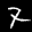
Label: 7